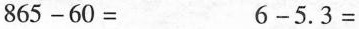
$$8 6 5 - 6 0 =$$$$6 - 5 . 3 =$$